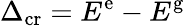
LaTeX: \Delta_{\mathrm{cr}}=E^{\mathrm{e}}-E^{\mathrm{g}}